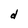
Character: d